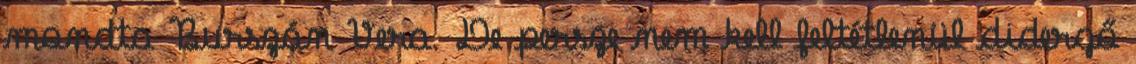
mondta Burszán Vera. De persze nem kell feltétlenül didergő